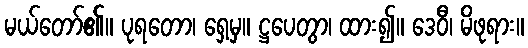
မယ်တော်၏။ ပုရတော၊ ရှေ့မှ။ ဋ္ဌပေတွာ၊ ထား၍။ ဒေဝီ၊ မိဖုရား။